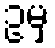
ဥမှ